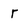
Character: r